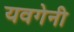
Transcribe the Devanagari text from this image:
यवगेनी